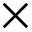
\times